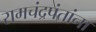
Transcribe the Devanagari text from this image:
रामचंद्रपंतांना